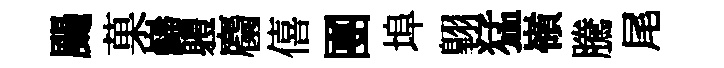
颺菓巋軆麕僖團埠翺猛嶺騰尾